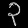
Digit: ၃